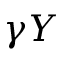
\gamma Y